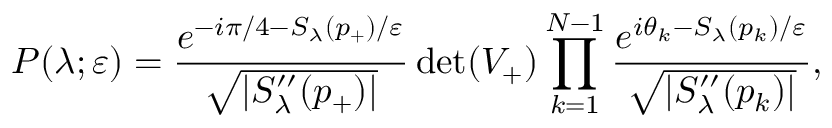
P ( \lambda ; \varepsilon ) = \frac { e ^ { - i \pi / 4 - S _ { \lambda } ( p _ { + } ) / \varepsilon } } { \sqrt { | S _ { \lambda } ^ { \prime \prime } ( p _ { + } ) | } } \operatorname* { d e t } ( V _ { + } ) \prod _ { k = 1 } ^ { N - 1 } \frac { e ^ { i \theta _ { k } - S _ { \lambda } ( p _ { k } ) / \varepsilon } } { \sqrt { | S _ { \lambda } ^ { \prime \prime } ( p _ { k } ) | } } ,